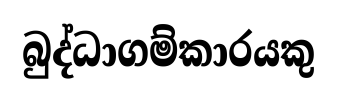
බුද්ධාගම්කාරයකු